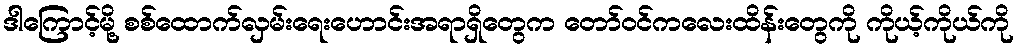
ဒါကြောင့်မို့ စစ်ထောက်လှမ်းရေးဟောင်းအရာရှိတွေက တော်ဝင်ကလေးထိန်းတွေကို ကိုယ့်ကိုယ်ကို